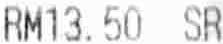
RM13.50 SR